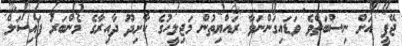
ޖޭޕީ އަށް ނިސްބަތްވެ ވަޑައިގަންނަވާ ރައްޔިތުން މަޖިލީހުގެ ކާށިދޫ ދާއިރާގެ މެންބަރު ފައިސަލް